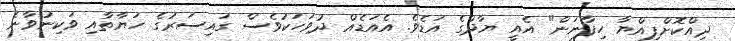
ދިއްކޮށްފިއްޔާ ހިފާނަން" އެއީ ޔާދްގެ އަޑެވެ. އެއަޑެއް ދުވަހަކުވެސް ގައިސަރުގެ ހަޔާތާއި ވަކިނުވާނެ